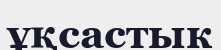
ұқсастык